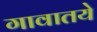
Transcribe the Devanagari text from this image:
गावातये